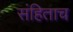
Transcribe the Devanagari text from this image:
संहिताच